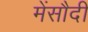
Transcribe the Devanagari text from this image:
मेंसौदी